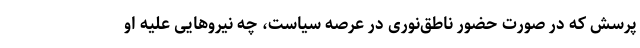
پرسش که در صورت حضور ناطق‌نوری در عرصه سیاست، چه نیروهایی علیه او